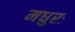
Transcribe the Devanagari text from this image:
मधुरः